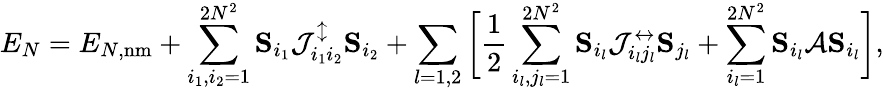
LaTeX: E_{N}=E_{N,\mathrm{nm}}+\sum_{i_{1},i_{2}=1}^{2N^{2}}{\mathbf S}_{i_{1}}\mathcal{J}_{i_{1}i_{2}}^{\updownarrow}{\mathbf S}_{i_{2}}+\sum_{l=1,2}\bigg[\frac{1}{2}\sum_{i_{l},j_{l}=1}^{2N^{2}}{\mathbf S}_{i_{l}}\mathcal{J}_{i_{l}j_{l}}^{\leftrightarrow}{\mathbf S}_{j_{l}}+\sum_{i_{l}=1}^{2N^{2}}{\mathbf S}_{i_{l}}\mathcal{A}{\mathbf S}_{i_{l}}\bigg],